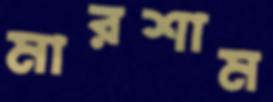
মারশাম